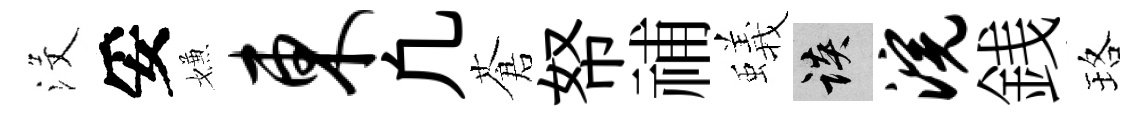
沒妥嫌东凢蒼帑𥙷蟻談浣銭珞